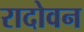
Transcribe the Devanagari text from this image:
रादोवन